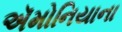
ઍમોનિયાના